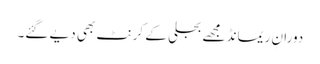
دورانِ ریمانڈ مجھے بجلی کے کرنٹ بھی دیے گئے۔